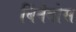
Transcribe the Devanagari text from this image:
बिंनेबोस